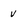
Character: V